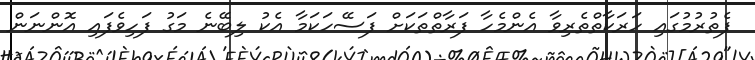
ފެތުރުމުގައި ހަރަކާތްތެރިވާ އެންމެހާ ފަރާތްތަކަށް ފަސޭހަކަމާ އެކު ލިބޭނެ މަގު ފަހިވެފައި އޮންނަން